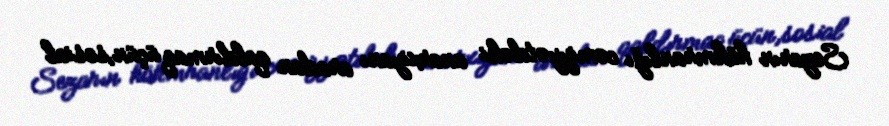
Sezarın hökmranlığı cəmiyyətdəki anarxiyanı aradan qaldırmaq üçün,sosial